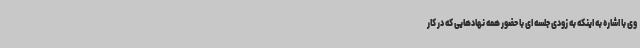
وی با اشاره به اینکه به زودی جلسه ای با حضور همه نهادهایی که در کار